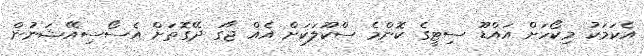
އެކަމަކު މިކޯހަށް އައްޑޫ ސިޓީގެ ކޮންމެ ސްކޫލަކަށް އެއް ޖާގަ ދޭގޮތަށް އެސޯސިއޭޝަނުން